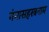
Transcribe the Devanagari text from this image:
गंगासहस्त्रनाम